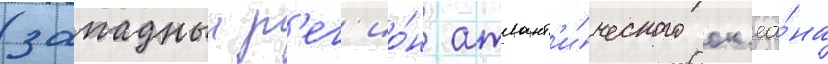
(западныи р'ег'ио́н атлант'и́ческого ок'еа́на